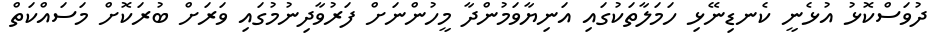
ދުވަސްކޮޅު އުޅެނީ ކެނޑިނޭޅި ހަމަލާތަކުގައި އަނިޔާވަމުންދާ މީހުންނަށް ފަރުވާދިނުމުގައި ވަރަށް ބުރަކޮށް މަސައްކަތް